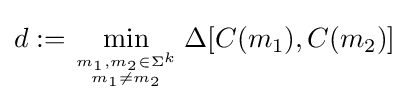
d:=\min _{m_{1},m_{2}\in \Sigma ^{k} \atop m_{1}\neq m_{2}}\Delta [C(m_{1}),C(m_{2})]